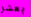
بعشر